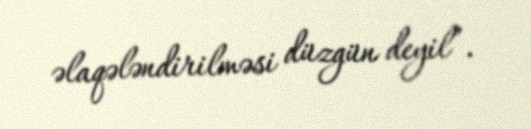
əlaqələndirilməsi düzgün deyil”.